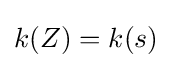
k(Z)=k(s)